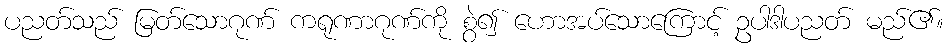
ပညတ်သည် မြတ်သောဂုဏ် ကရုဏာဂုဏ်ကို စွဲ၍ ဟောအပ်သောကြောင့် ဥပါဒါပညတ် မည်၏။